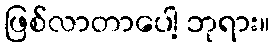
ဖြစ်လာတာပေါ့ ဘုရား။